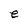
Character: e